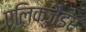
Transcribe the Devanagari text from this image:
एलिक्जैंडर